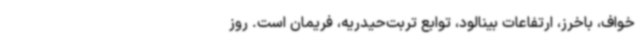
خواف، باخرز، ارتفاعات بینالود، توابع تربت‌حیدریه، فریمان است. روز